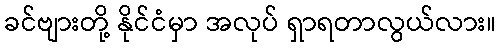
ခင်ဗျားတို့ နိုင်ငံမှာ အလုပ် ရှာရတာလွယ်လား။